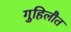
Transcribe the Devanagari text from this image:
गुहिलौत